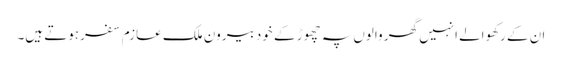
ان کے رکھوالے انہیں گھر والوں پہ چھوڑ کے خود بیرون ملک عازم سفرہوتے ہیں۔